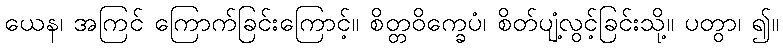
ယေန၊ အကြင် ကြောက်ခြင်းကြောင့်။ စိတ္တဝိက္ခေပံ၊ စိတ်ပျံ့လွင့်ခြင်းသို့။ ပတွာ၊ ၍။